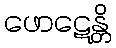
ဖောဋေန္တိ